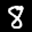
Label: 8